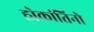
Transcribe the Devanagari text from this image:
ह्येकांतिनो